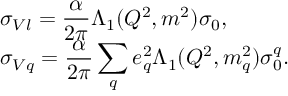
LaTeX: \begin{array} { l } { { \displaystyle { \sigma _ { V l } } = \frac { \alpha } { 2 \pi } \Lambda _ { 1 } ( Q ^ { 2 } , m ^ { 2 } ) { \sigma _ { 0 } } , } } \\ { { \displaystyle { \sigma _ { V q } } = \frac { \alpha } { 2 \pi } \sum _ { q } e _ { q } ^ { 2 } \Lambda _ { 1 } ( Q ^ { 2 } , m _ { q } ^ { 2 } ) { \sigma _ { 0 } ^ { q } } . } } \end{array}